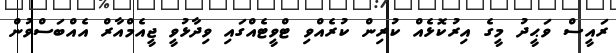
ރައީސް ވަޙީދު މީގެ އިރުކޮޅެއް ކުރިން ކުރެއްވި ޓްވީޓެއްގައި ވިދާޅުވީ ޖީއެމްއާރް އެއްބަސްވުން